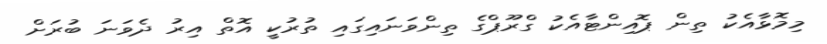
މިމޮޅާއެކު ތިން ޕޮއިންޓާއެކު ގްރޫޕްގެ ތިންވަނައިގައި ތުރުކީ އޮތް އިރު ދެވަނަ ބުރަށް